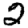
Digit: 2